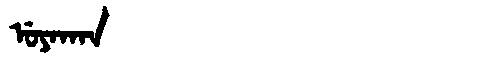
Manchu: ᡠᠶᠠᡴᠠᠨ
Romanization: UYAKAN